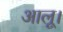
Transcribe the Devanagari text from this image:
आलू।